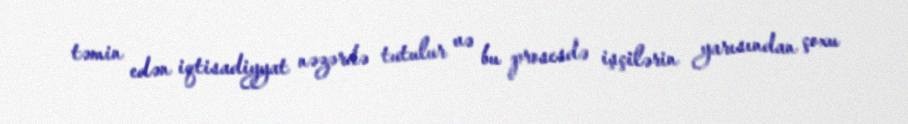
təmin edən iqtisadiyyat nəzərdə tutulur və bu prosesdə işçilərin yarısından çoxu